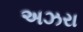
અઝરા